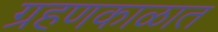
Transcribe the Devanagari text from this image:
ग्रहणकाळात